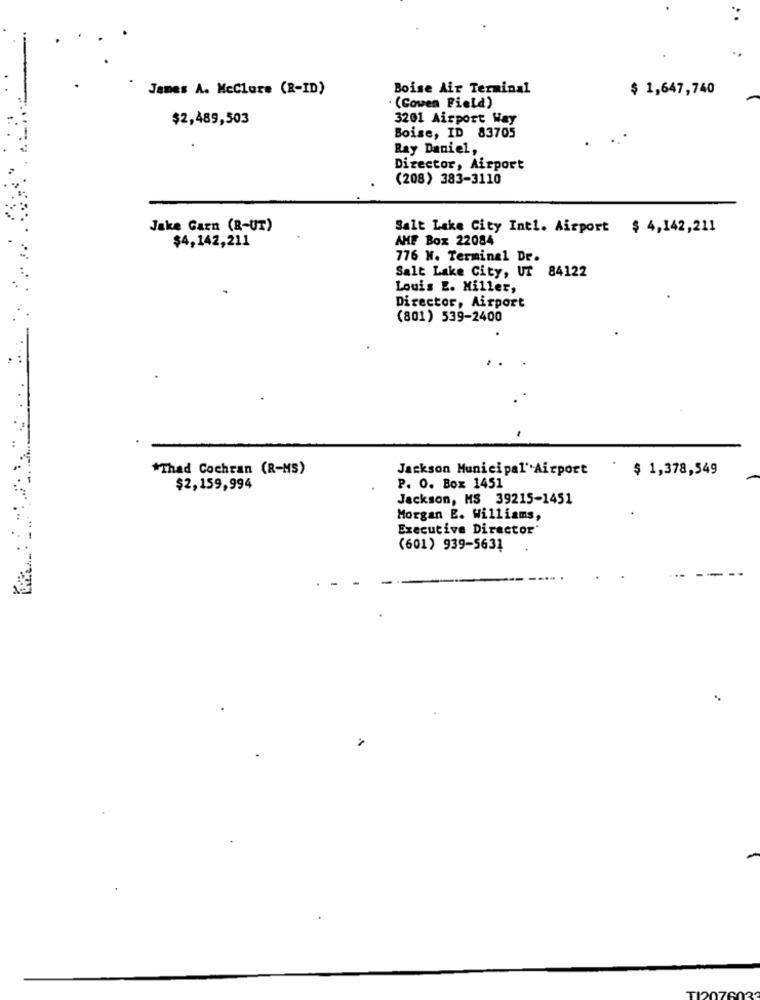
James A. MeClure (R-ID)
Boise Air Terminal
$ 1,647,740
(Cowen Field)
$2,489,503
3201 Airport Way
Boise, ID 83705
Ray Daniel,
Director, Airport
(208) 383-3110
Jake Garn (R-UT)
Salt Lake City Intl. Airport $ 4,142,211
AMF Box 22084
$4,142,211
776 N. Terminal Dr.
Salt Lake City, UT 84122
Louis E. Miller,
Director, Airport
(801) 539-2400
*Thad Cochran (R-MS)
Jackson MunicipalAirport
$ 1,378,549
$2,159,994
P. O. Box 1451
Jackson, MS 39215-1451
Morgan E. Williams,
Executive Director
(601) 939-5631